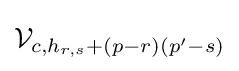
{\mathcal {V}}_{c,h_{r,s}+(p-r)(p'-s)}